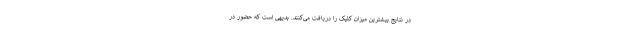
در نتایج بیشترین میزان کلیک را دریافت می‌کنند. بدیهی است که حضور در